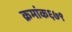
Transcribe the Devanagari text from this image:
क्रमांक६७९